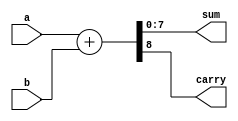
module ParametrizedAdder #(parameter WIDTH = 8) (
    input  wire [WIDTH-1:0] a,      // First operand
    input  wire [WIDTH-1:0] b,      // Second operand
    output reg  [WIDTH-1:0] sum,     // Sum result
    output reg                  carry   // Carry out flag
);

// Always block to describe the addition operation
always @(*) begin
    {carry, sum} = a + b; // Perform addition and handle carry
end

endmodule